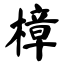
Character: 樟